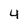
Character: 4